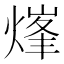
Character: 㷨